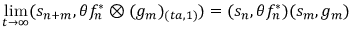
\operatorname * { l i m } _ { t \rightarrow \infty } ( s _ { n + m } , \theta f _ { n } ^ { \ast } \otimes ( g _ { m } ) _ { ( t a , 1 ) } ) = ( s _ { n } , \theta f _ { n } ^ { \ast } ) ( s _ { m } , g _ { m } )